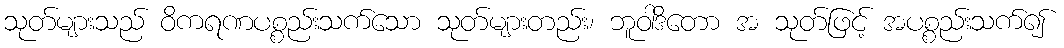
သုတ်များသည် ဝိကရဏပစ္စည်းသက်သော သုတ်များတည်း၊ ဘူဝါဒိတော အ သုတ်ဖြင့် အပစ္စည်းသက်၍